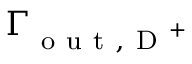
\Gamma _ { \mathrm { ~ o ~ u ~ t ~ } , \mathrm { ~ D ~ } ^ { + } }